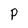
Character: P